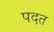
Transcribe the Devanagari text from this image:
पदत